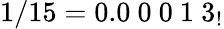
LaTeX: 1/15=0.0\ 0\ 0\ 1\ 3_{!}